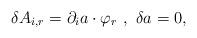
LaTeX: \begin{align*}\delta A_{i , r} = \partial_{i} a \cdot \varphi_{r} \ , \ \delta a = 0 ,\end{align*}